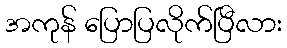
အကုန် ပြောပြလိုက်ပြီလား